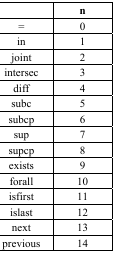
<table><thead><tr><td>[EMPTY_CELL]</td><td><b>n</b></td></tr></thead><tbody><tr><td>=</td><td>0</td></tr><tr><td>in</td><td>1</td></tr><tr><td>joint</td><td>2</td></tr><tr><td>intersec</td><td>3</td></tr><tr><td>diff</td><td>4</td></tr><tr><td>subc</td><td>5</td></tr><tr><td>subcp</td><td>6</td></tr><tr><td>sup</td><td>7</td></tr><tr><td>supcp</td><td>8</td></tr><tr><td>exists</td><td>9</td></tr><tr><td>forall</td><td>10</td></tr><tr><td>isfirst</td><td>11</td></tr><tr><td>islast</td><td>12</td></tr><tr><td>next</td><td>13</td></tr><tr><td>previous</td><td>14</td></tr></tbody></table>